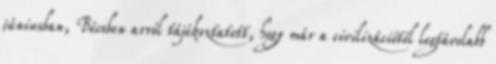
júniusban, Bécsben arról tájékoztatott, hogy már a civilizációtól legtávolabb